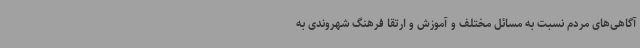
آگاهی‌های مردم نسبت به مسائل مختلف و آموزش و ارتقا فرهنگ شهروندی به